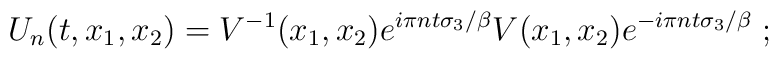
U_n(t,x_1,x_2)=V^{-1}(x_1,x_2) e^{i \pi n t\sigma_3/\beta}V(x_1,x_2)e^{-i \pi n t\sigma_3/\beta} \; ;